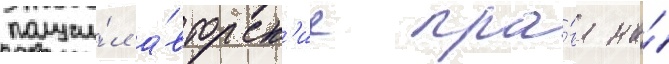
получи́л а́вторск'ие пра́ва на́